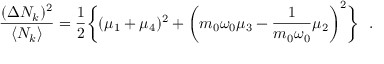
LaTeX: { \frac { ( \Delta N _ { k } ) ^ { 2 } } { \langle N _ { k } \rangle } } = { \frac { 1 } { 2 } } \biggl \{ ( \mu _ { 1 } + \mu _ { 4 } ) ^ { 2 } + \biggl ( m _ { 0 } \omega _ { 0 } \mu _ { 3 } - { \frac { 1 } { m _ { 0 } \omega _ { 0 } } } \mu _ { 2 } \biggr ) ^ { 2 } \biggr \} \ \ .